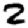
Digit: 2